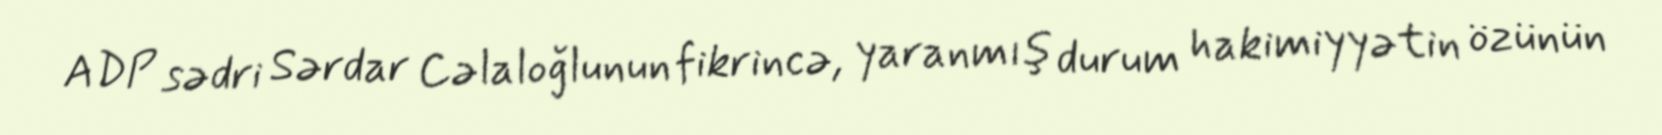
ADP sədri Sərdar Cəlaloğlunun fikrincə, yaranmış durum hakimiyyətin özünün